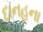
દાનહના